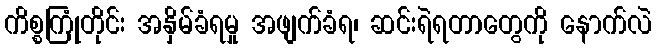
ကိစ္စကြုံတိုင်း အနှိမ်ခံရမှု အဖျက်ခံရ၊ ဆင်းရဲရတာတွေကို နောက်လဲ